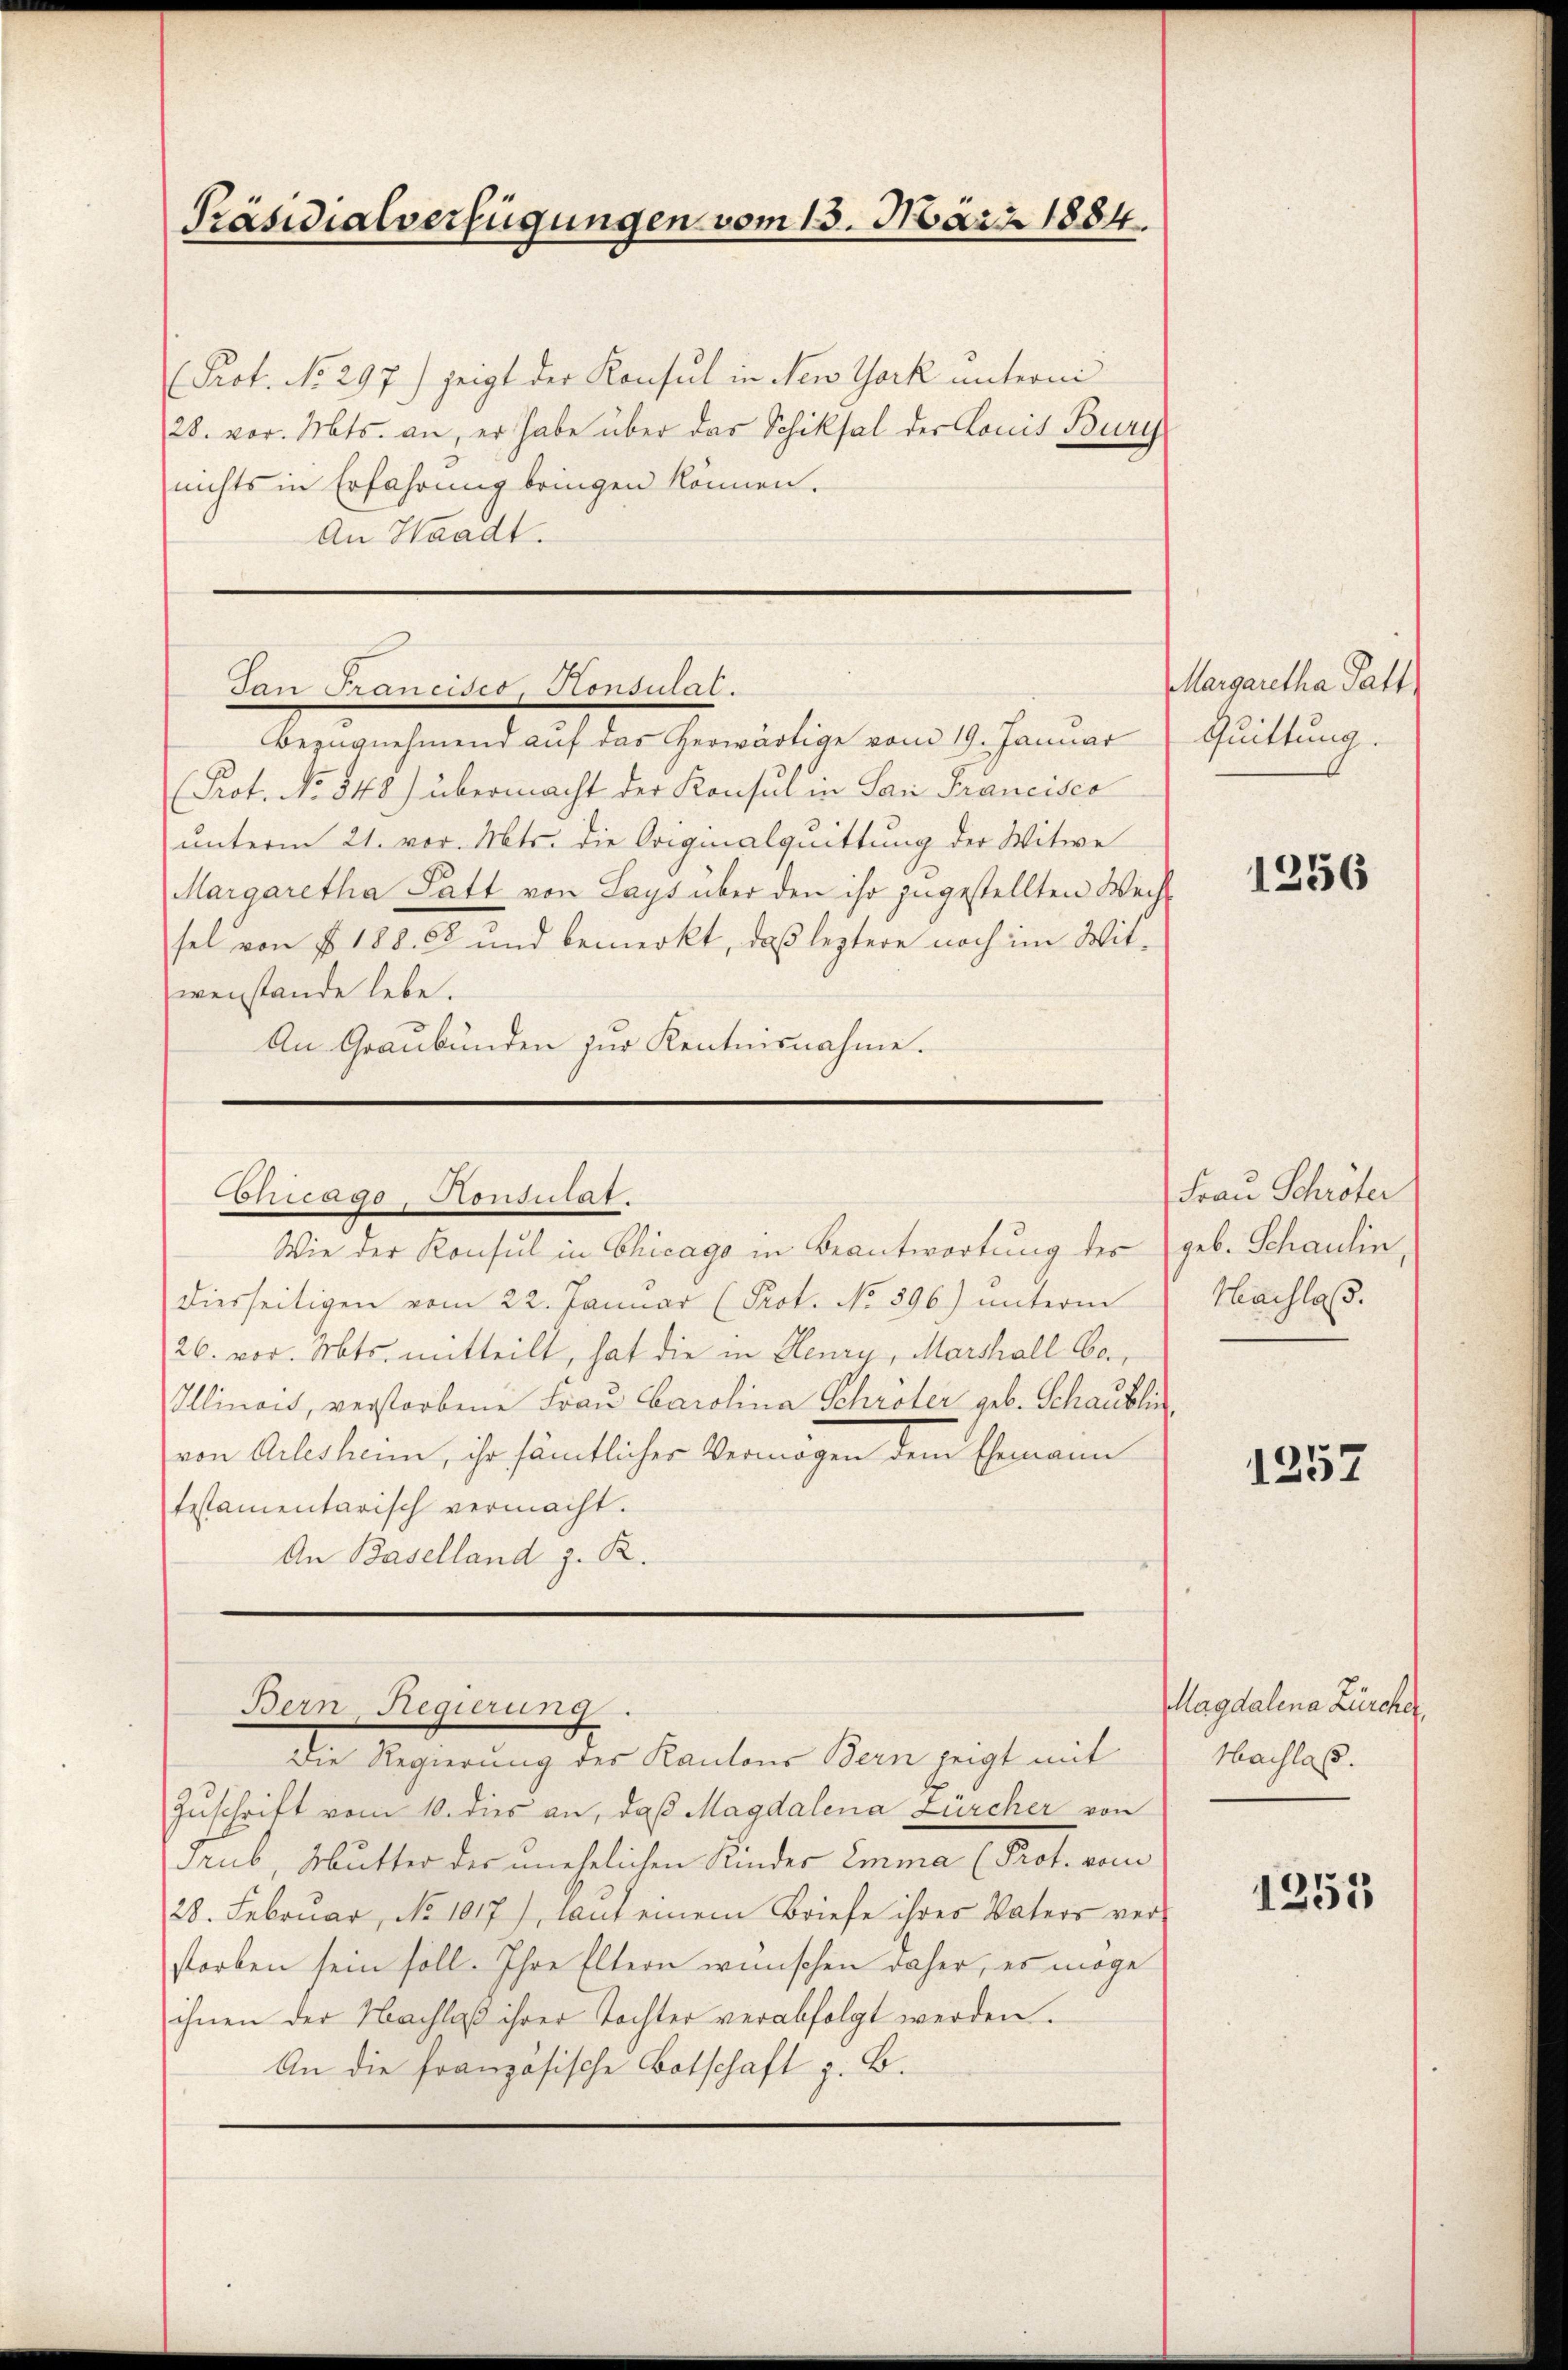
Präsidialverfügungen vom 13. März 1884.

Prof. No. 297.) zeigt der Konsul in New York unterm
28. vor. Mts. an, er habe über das Schiksal der Konis Burg
nichts in Erfahrung bringen können.
An Waadt.

San Francisco, Konsulat.

Bezugnehmend auf das herwärtige vom 19. Januar
Prot. No 848) übermacht der Konsul in San Francisco
unterm 21. vor. Mts. die Originalquittung der Witwe
Margaretha Satt von Lays über den ihr zugestellten Wechsel von fr. 188. 22 und bemerkt, daß leztere noch im Mit-
wenstande lebe.
An Graubünden zur Kenntnisnahme.

diesseitigen vom 22. Januar (Prot. No 396) unterm
26. vor. Mts. mitteilt, hat die in Henry, Marthall be
Illinois, verstorbene Frau Carolina Schröter geb. Schaublic
von Arlesheim, ihr sämtlicher Vermögen dem Ehemann
testamentarisch vermacht.
An Baselland z. R.

onccago-Konsulat.
Wie der Konsul in Chicago in Beantwortung des

Bern, Regierung
Die Regierung des Kantons Bern zeigt mit

Zuschrift vom 10. dies an, daß Magdalena Zürcher von
Grub, Mutter des unehelichen Kinder Emma (Prot. vom
28. Februar, No 1017), laut einem Briefe ihres Vaters ver-
storben sein soll. Ihre Eltern wünschen daher, es möge
ihnen der Nachlaß ihrer Tochter verabfolgt werden.
An die französische Botschaft z. B.

Margaretha Gatt
Quittung.

1256

Frau Schröter
geb. Schaulin
Hachlaß.

1257

Magdalena Zürcher,
Hachlas.

1253